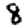
Digit: 8